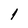
Character: l